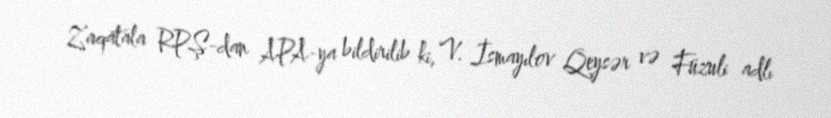
Zaqatala RPŞ-dan APA-ya bildirilib ki, V. İsmayılov Qeysər və Füzuli adlı